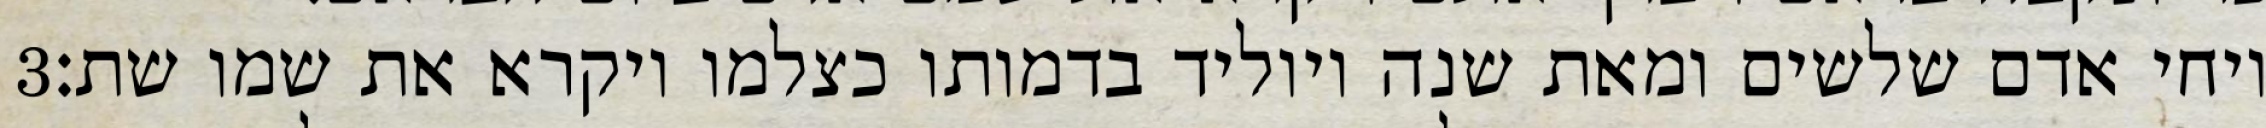
‎3‏ ויחי אדם שלשים ומאת שנה ויוליד בדמותו כצלמו ויקרא את שמו שת׃